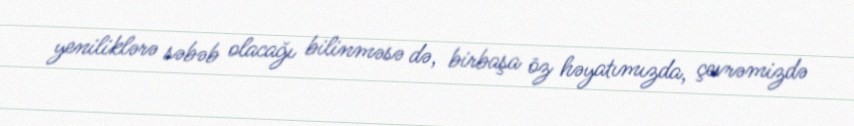
yeniliklərə səbəb olacağı bilinməsə də, birbaşa öz həyatımızda, çevrəmizdə